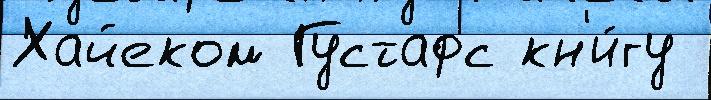
Хайеком Густафс кн'и́гу